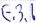
Text: E.3.1